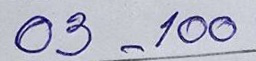
03 - 100